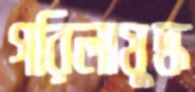
গরিলাযুদ্ধ